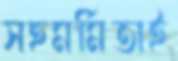
সহমর্মিতাই